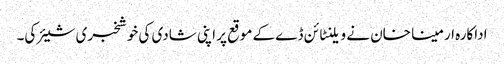
اداکارہ ارمینا خان نے ویلنٹائن ڈے کے موقع پر اپنی شادی کی خوشخبری شیئر کی۔